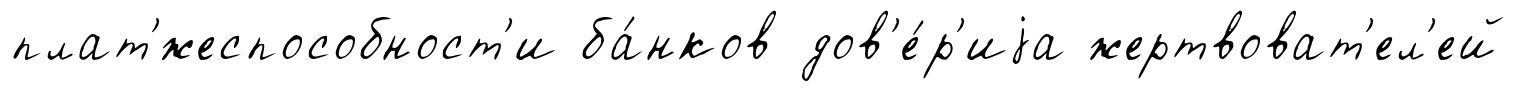
плат'́жеспособност'и ба́нков дов'е́р'иjа жертвоват'ел'ей